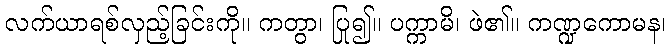
လက်ယာရစ်လှည့်ခြင်းကို။ ကတွာ၊ ပြု၍။ ပက္ကာမိ၊ ဖဲ၏။ ကဏ္ဍကောမန၊